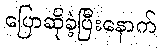
ပြောဆိုခဲ့ပြီးနောက်